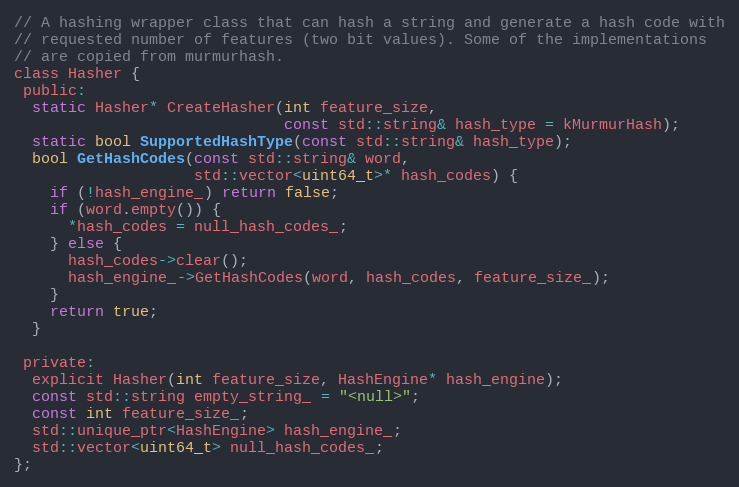
Language: C
// A hashing wrapper class that can hash a string and generate a hash code with
// requested number of features (two bit values). Some of the implementations
// are copied from murmurhash.
class Hasher {
 public:
  static Hasher* CreateHasher(int feature_size,
                              const std::string& hash_type = kMurmurHash);
  static bool SupportedHashType(const std::string& hash_type);
  bool GetHashCodes(const std::string& word,
                    std::vector<uint64_t>* hash_codes) {
    if (!hash_engine_) return false;
    if (word.empty()) {
      *hash_codes = null_hash_codes_;
    } else {
      hash_codes->clear();
      hash_engine_->GetHashCodes(word, hash_codes, feature_size_);
    }
    return true;
  }

 private:
  explicit Hasher(int feature_size, HashEngine* hash_engine);
  const std::string empty_string_ = "<null>";
  const int feature_size_;
  std::unique_ptr<HashEngine> hash_engine_;
  std::vector<uint64_t> null_hash_codes_;
};